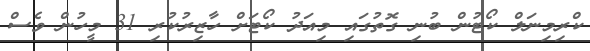
ކްރިމިނަލް ކޯޓުން ބުނި ގޮތުގައި މިއަދު ކޯޓަށް ހާޒިރުކުރި 31 މީހުން ވެސް